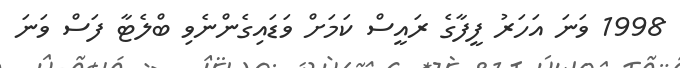
1998 ވަނަ އަހަރު ފީފާގެ ރައީސް ކަމަށް ވަޑައިގެންނެވި ބްލެޓާ ފަސް ވަނަ